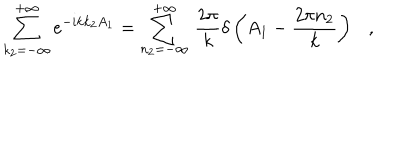
\sum _ { k _ { 2 } = - \infty } ^ { + \infty } e ^ { - i k k _ { 2 } A _ { 1 } } = \sum _ { n _ { 2 } = - \infty } ^ { + \infty } \, \frac { 2 \pi } { k } \delta \left( A _ { 1 } - \frac { 2 \pi n _ { 2 } } { k } \right) \ \ \ ,